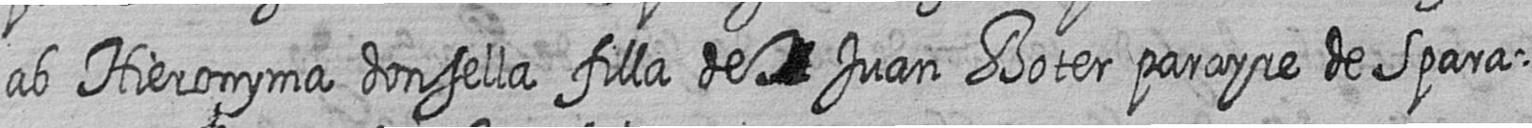
ab Hieronyma donsella filla de # Juan Boter parayre de spara=